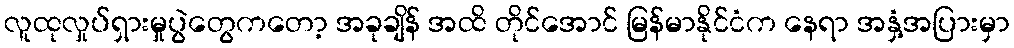
လူထုလှုပ်ရှားမှုပွဲတွေကတော့ အခုချိန် အထိ တိုင်အောင် မြန်မာနိုင်ငံက နေရာ အနှံ့အပြားမှာ